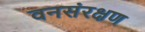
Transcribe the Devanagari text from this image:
वनसंरक्षण